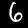
Digit: 6